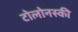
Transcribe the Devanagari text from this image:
टोलोनस्की